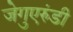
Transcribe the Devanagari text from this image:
जेगुएरुंडी